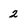
Character: 2